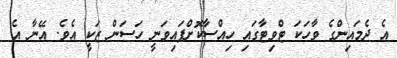
އެ ދެމައިންގެ ވާހަކަ ޓްވިޓާގައި ހިއްސާކޮށްފައިވަނީ ހަސަން ޒަކީ އެވެ. އޭނާ އެ